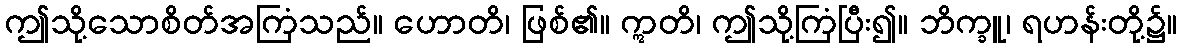
ဤသို့သောစိတ်အကြံသည်။ ဟောတိ၊ ဖြစ်၏။ ဣတိ၊ ဤသို့ကြံပြီး၍။ ဘိက္ခူ၊ ရဟန်းတို့၌။